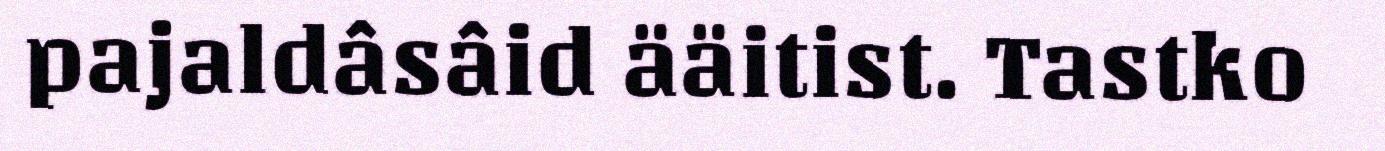
pajaldâsâid ääitist. Tastko